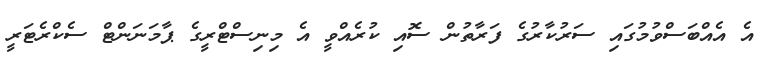
އެ އެއްބަސްވުމުގައި ސަރުކާރުގެ ފަރާތުން ސޮއި ކުރެއްވީ އެ މިނިސްޓްރީގެ ޕާމަނަންޓް ސެކްރެޓަރީ